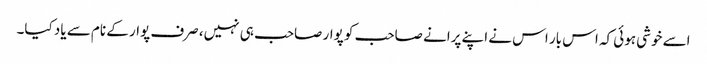
اسے خوشی ہوئی کہ اس بار اس نے اپنے پرانے صاحب کو پوار صاحب ہی نہیں، صرف پوار کے نام سے یاد کیا۔